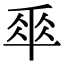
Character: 𠦬